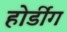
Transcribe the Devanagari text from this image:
होर्डींग